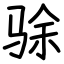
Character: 𬳿